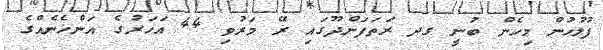
ފުލުހުން މިހެން ބުނީ ގދ ރަތަފަންދޫގައި ރޭ މަރުވި 44 އަހަރުގެ އަންހެނެއްގެ